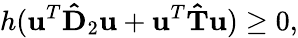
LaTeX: h(\mathbf{u}^{T}\mathbf{\hat{D}}_{2}\mathbf{u}+\mathbf{u}^{T}\mathbf{\hat{T}}\mathbf{u})\geq 0,